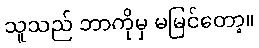
သူသည် ဘာကိုမှ မမြင်တော့။